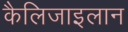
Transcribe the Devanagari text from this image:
कैलिजाइलान